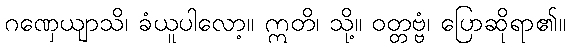
ဂဏှေယျာသိ၊ ခံယူပါလော့။ ဣတိ၊ သို့။ ဝတ္တဗ္ဗံ၊ ပြောဆိုရာ၏။